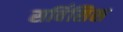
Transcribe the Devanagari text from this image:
सर्विसिस